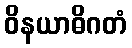
ဝိနယာဓိဂတံ